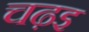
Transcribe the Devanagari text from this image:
चढ़इ